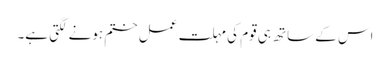
اس کے ساتھ ہی قوم کی مہلت عمل ختم ہونے لگتی ہے۔